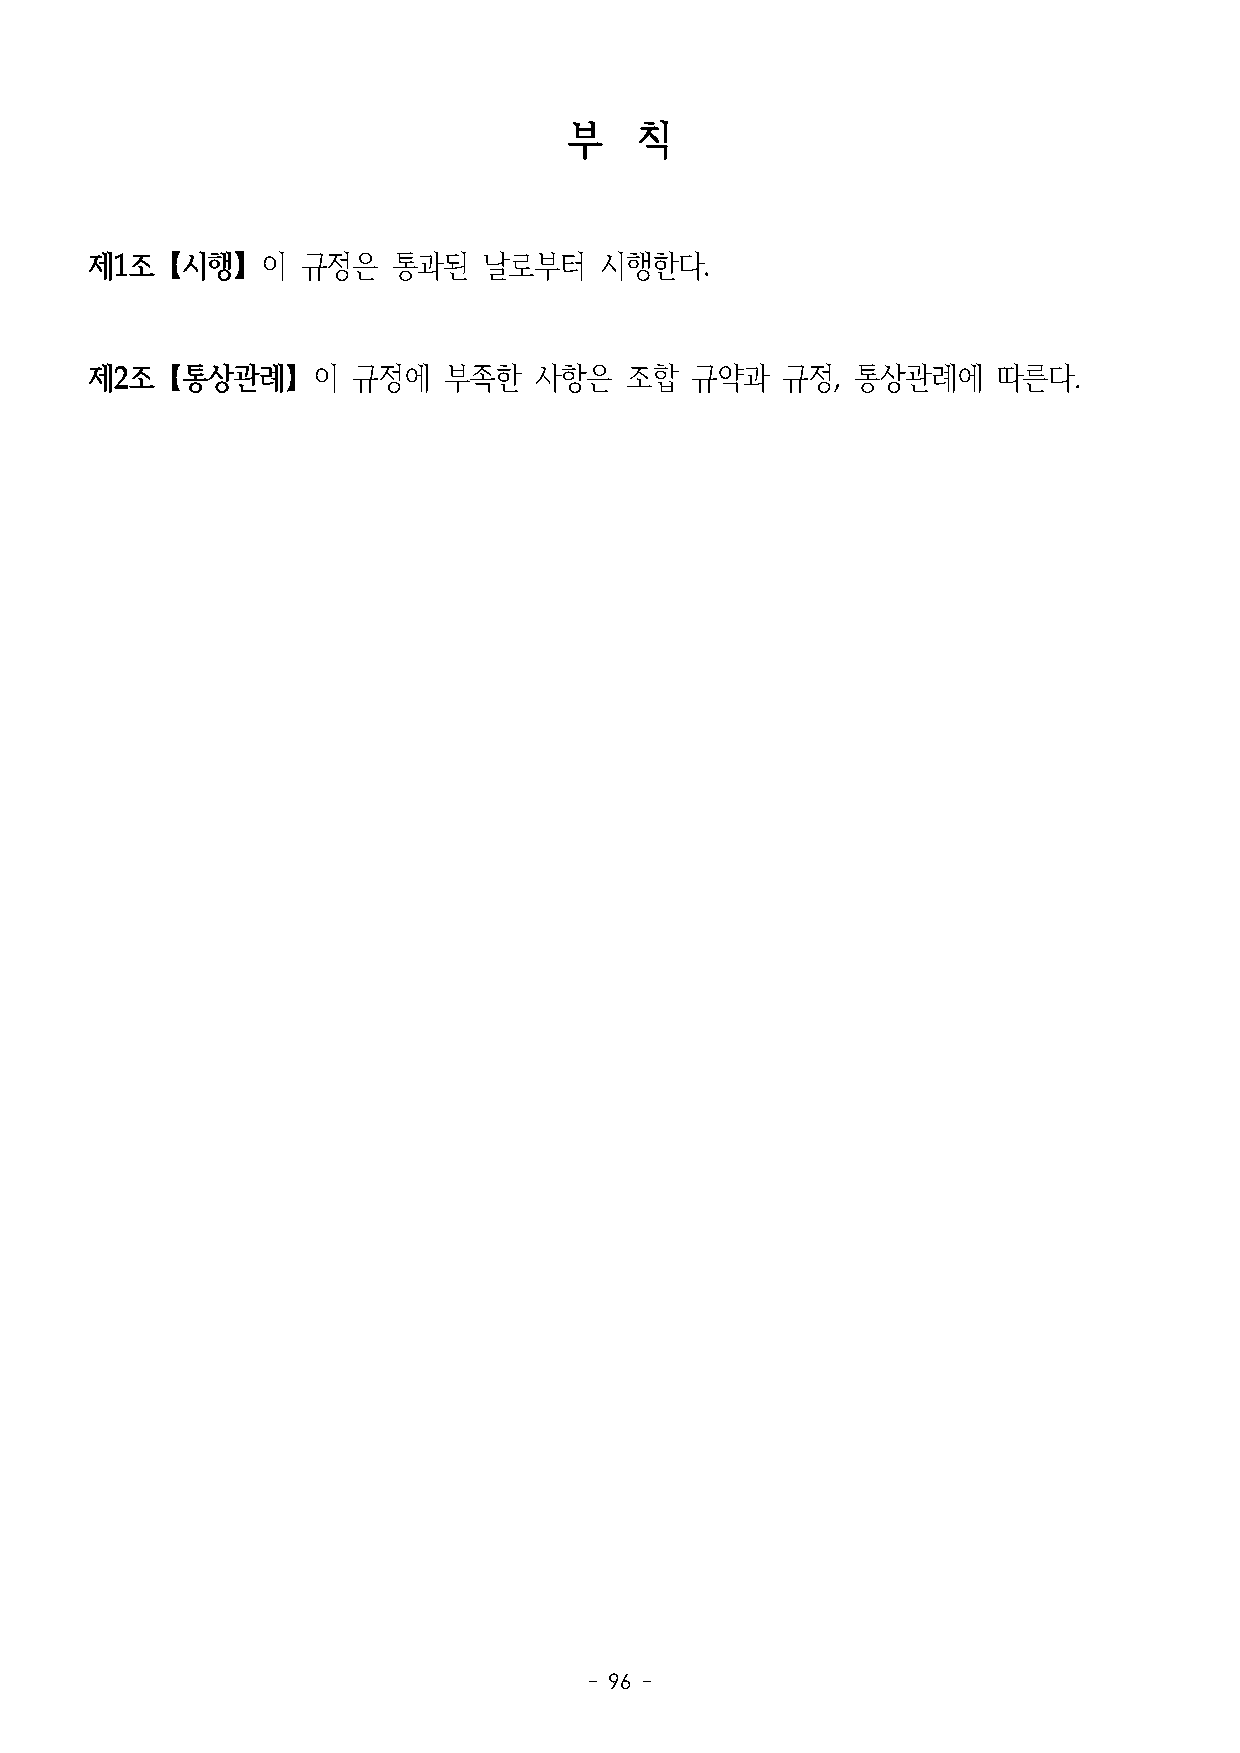
부   칙
 제1조【시행】이      규정은   통과된   날로부터    시행한다.
 제2조【통상관례】이       규정에   부족한   사항은   조합   규약과   규정, 통상관례에     따른다.
 - 96 -